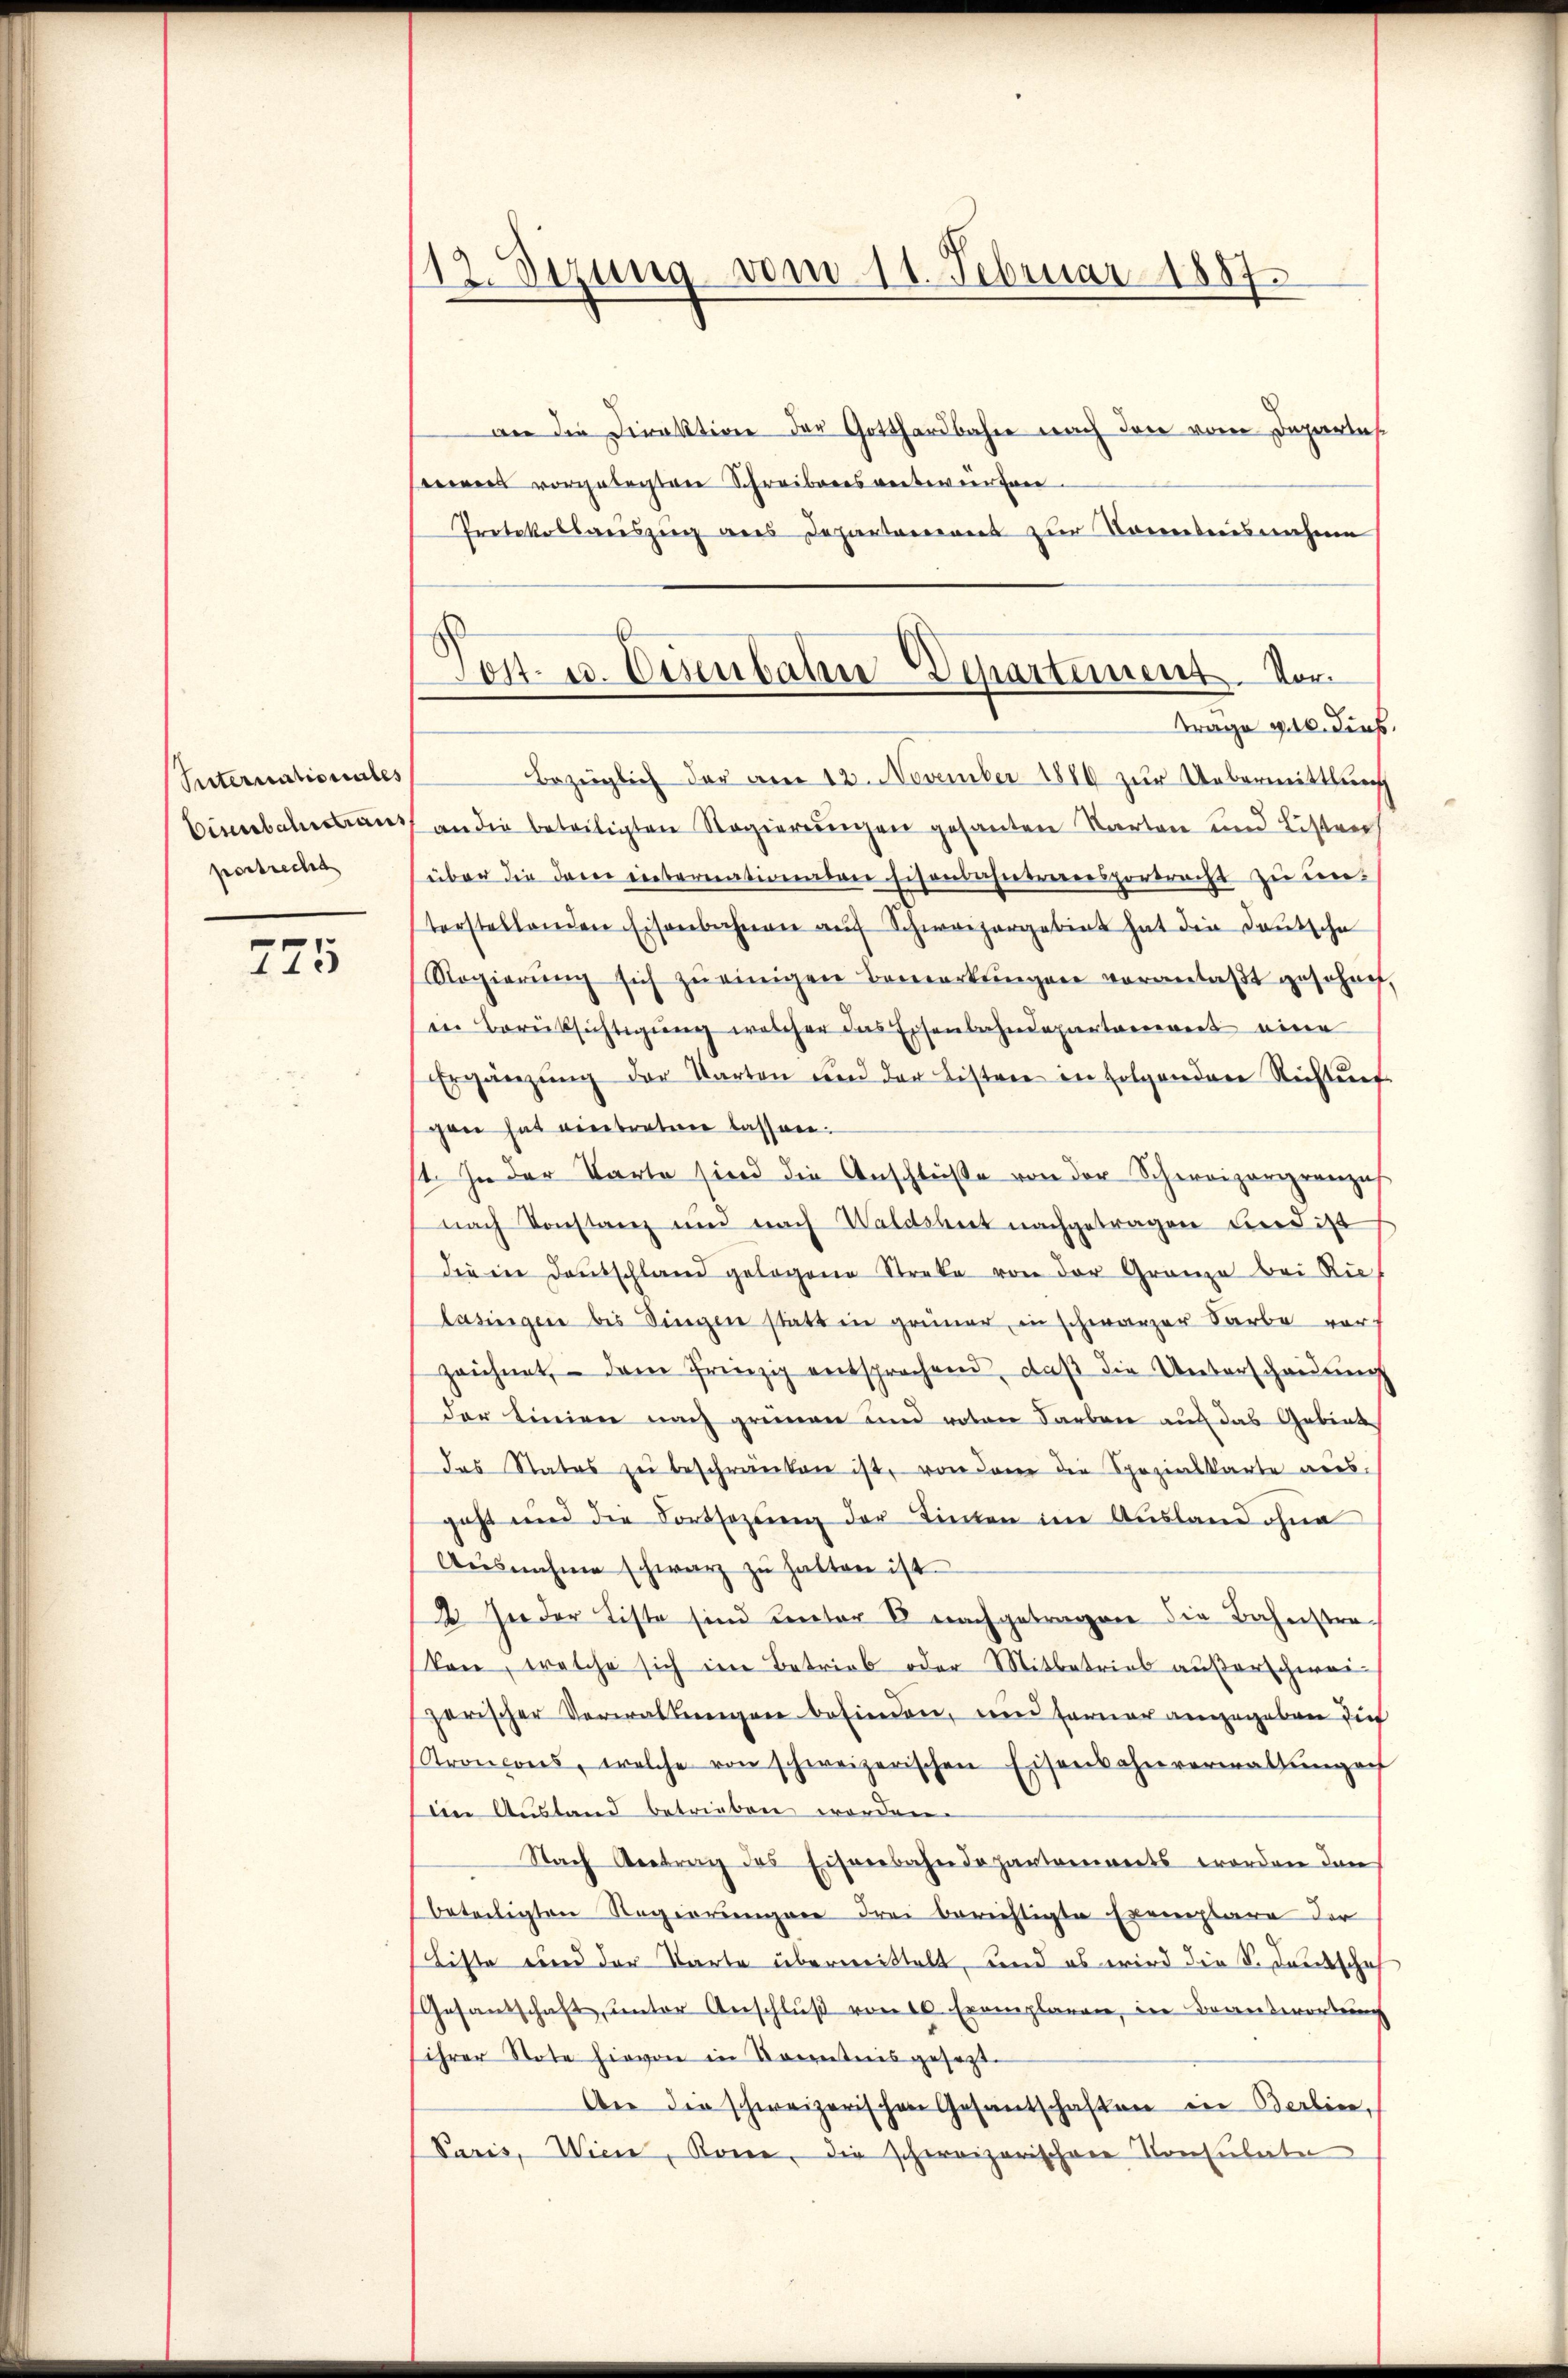
Internationates
Ciserbalistiaus
postrecht

775

12 Stzung vom 11. Februar 1887.

Post- u. Eisenbahn Departement. Vor¬
Trage geb. dies.

an die Direktion der Gotthardbahne nach den vom Departes
w vorgelegten Schreibares verbevergan
Protokollauszug aus Departement zur Torteiisnahme
Bezeiglich der am 12. November 1886 zur Uebermittlung
an die beteiligten Regierungen gesanten Karten und Lister
über die Dane internationalen sisonsahnererensportracht zu unterstellenden Eisenbahnen auf Schweizergeben hat die Deutsche
Regierŭng sich zŭ einigen Bemerkŭngen veranlaβt gescharf,
in Berüksichtigung welcher das Eisenbahndepartarierent eine
Ergänzŭng der Warten und der Listere in Folgendere Richtung
gen hat eintreten lassen.
1. In der Karte sind die Anschlüße von der Schweizergrenzus
nach Konstanz und nach Waldsheit nachgetragen und ist
die in Deutschland gelagene Streke von der Gränze bei Rie
lasingen bis Dingen statt in grüner, in schwarzer Sarbe vor-
zeichnet, dem Prinzip entsprechend, daβ die Unterscheidŭng
der Linien nach grünen und roten Farben auf das Gebiet
das Statos zu beschränken ist, von dem die Spezialkarte aus.
geht und die Fortsezung der Tinten im Ausland ohne
Aŭsnahme schwarz zŭ halten ist.
2 In der Liste sind unter 8 nachgetragen die Bahnstrakan, welche sich im Betrieb oder Mitbetrieb außerschweiharischer Verwaltungen befinden, und ferner angegeben dies
Proncons, welche von schweizerischen Eisenbahnverwaltŭngen
n Austand betrieben worden.
Nach Antrag des Eisenbahndepartareinerts worden dan
beteiligten Regierungen drei berichtigte Exemplare der
Liste und der Warte überwittelt, und es wird die S. Deutschaf
Gesandschaft ŭnter Anschlŭβ von 10 Exemplaren, der Brantwortung
ihrer Note hievon in Sonntnis gesetzt.
An der schweizerischen Gesantschaften in Berlin,
Paris, Wiene, Rone, die schweizerischen Konsulate